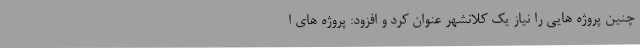
چنین پروژه هایی را نیاز یک کلانشهر عنوان کرد و افزود: پروژه های ا